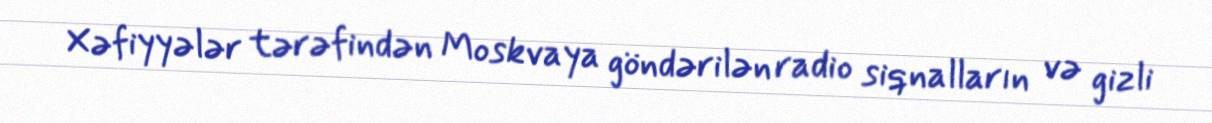
Xəfiyyələr tərəfindən Moskvaya göndərilən radio siqnalların və gizli